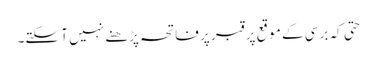
حتی کہ برسی کے موقع پر قبر پر فاتحہ پڑھنے نہیں آ سکتے۔